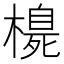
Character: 𪳳